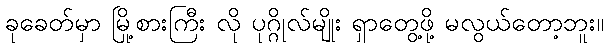
ခုခေတ်မှာ မြို့စားကြီး လို ပုဂ္ဂိုလ်မျိုး ရှာတွေ့ဖို့ မလွယ်တော့ဘူး။